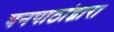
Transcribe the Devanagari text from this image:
घनपाठांद्वारा